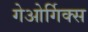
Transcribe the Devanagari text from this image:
गेओर्गिक्स